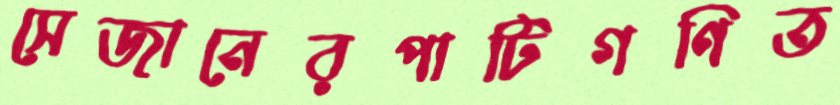
সেজানেরপাটিগণিত